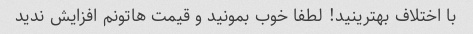
با اختلاف بهترینید! لطفا خوب بمونید و قیمت هاتونم افزایش ندید